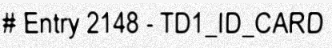
# Entry 2148 - TD1_ID_CARD